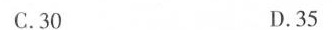
C.30 D.35